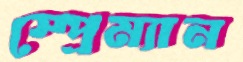
স্প্রেম্যান